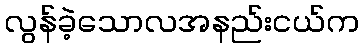
လွန်ခဲ့သောလအနည်းငယ်က